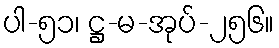
ပါ-၅၁၊ ဋ္ဌ-မ-အုပ်-၂၅၆။